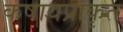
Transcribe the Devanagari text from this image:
कषायप्राकृत